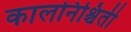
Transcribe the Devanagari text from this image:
कालनिश्चिती